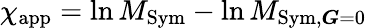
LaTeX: \chi_{\mathrm{app}}=\ln M_{\mathrm{Sym}}-\ln M_{\mathrm{Sym,}\boldsymbol{G}=0}